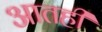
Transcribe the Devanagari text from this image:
आतही